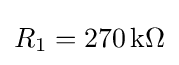
R_{1}=270\,\mathrm {k\Omega }